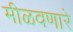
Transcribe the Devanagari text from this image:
मीळवणारे